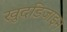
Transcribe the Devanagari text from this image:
खुदडिजाइन